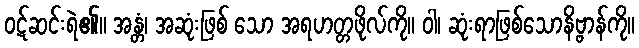
ဝဋ်ဆင်းရဲ၏။ အန္တံ၊ အဆုံးဖြစ် သော အရဟတ္တဖိုလ်ကို။ ဝါ၊ ဆုံးရာဖြစ်သောနိဗ္ဗာန်ကို။